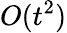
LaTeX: O(t^{2})